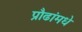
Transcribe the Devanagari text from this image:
प्रौढांमधे